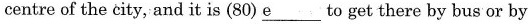
centre of the city, and it is (80) \underline{e} to get there by bus or by